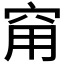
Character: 𥥝